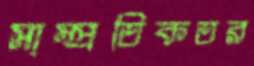
সাম্প্রতিকতর